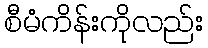
စီမံကိန်းကိုလည်း